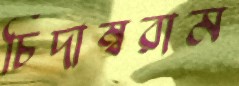
চিদাম্বরাম